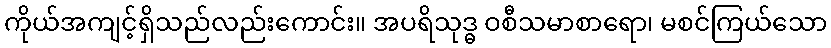
ကိုယ်အကျင့်ရှိသည်လည်းကောင်း။ အပရိသုဒ္ဓ ဝစီသမာစာရော၊ မစင်ကြယ်သော